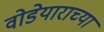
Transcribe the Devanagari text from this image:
वोडेयाराच्या